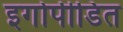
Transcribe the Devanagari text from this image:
इगोपीडित